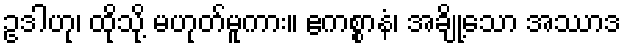
ဥဒါဟု၊ ထိုသို့ မဟုတ်မူကား။ ဧကစ္စာနံ၊ အချို့သော အဿာဒ